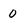
Character: 0